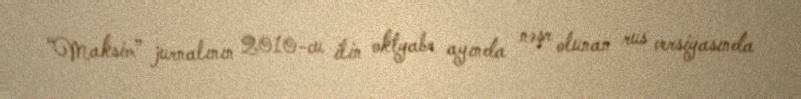
“Maksim” jurnalının 2010-cu ilin oktyabr ayında nəşr olunan rus versiyasında